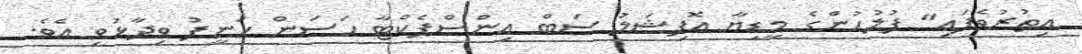
އިތުރުވެފައި" ފުލުހުންގެ މީޑިޔާ އޮފިޝަލު ސަބް އިންސްޕެކްޓާ ހަސަން ހަނީފު ވިދާޅުވި އެވެ.